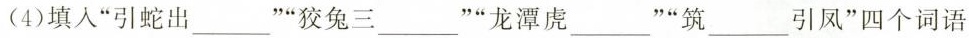
(4)填入”引蛇出___””狡兔三___””龙潭虎___”筑___引凤”四个词语